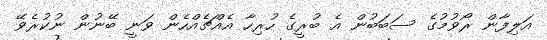
އަލިފާން ރޯވުމުގެ ސަބަބުން އެ ބުރީގެ ހުރިހާ އެއްޗެއްހެން ވަނީ ބޭނުން ނުކުރެވޭ